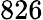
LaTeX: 826